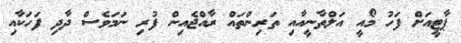
ޕާޓީއަށް ފަހު މޯއީ އަލްތާނީއާއި ތަރިންތައް ރާއްޖެއިން ފުރި ނަމަވެސް ދާދި ފަހަކާއި